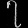
Digit: ၇